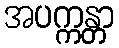
အပက္ကန္တာ